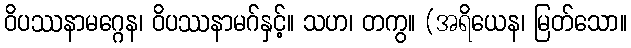
ဝိပဿနာမဂ္ဂေန၊ ဝိပဿနာမဂ်နှင့်။ သဟ၊ တကွ။ (အရိယေန၊ မြတ်သော။